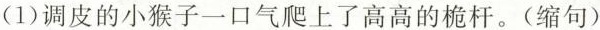
(1)调皮的小猴子一口气爬上了高高的桅杆。(缩句)